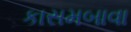
કાસમબાવા